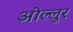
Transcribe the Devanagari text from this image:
ओल्लुर